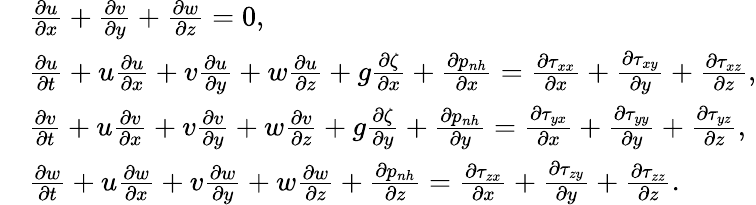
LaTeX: \begin{array}{rl}&{\frac{\partial u}{\partial x}+\frac{\partial v}{\partial y}+\frac{\partial w}{\partial z}=0,}\\ &{\frac{\partial u}{\partial t}+u\frac{\partial u}{\partial x}+v\frac{\partial u}{\partial y}+w\frac{\partial u}{\partial z}+g\frac{\partial\zeta}{\partial x}+\frac{\partial p_{nh}}{\partial x}=\frac{\partial\tau_{xx}}{\partial x}+\frac{\partial\tau_{xy}}{\partial y}+\frac{\partial\tau_{xz}}{\partial z},}\\ &{\frac{\partial v}{\partial t}+u\frac{\partial v}{\partial x}+v\frac{\partial v}{\partial y}+w\frac{\partial v}{\partial z}+g\frac{\partial\zeta}{\partial y}+\frac{\partial p_{nh}}{\partial y}=\frac{\partial\tau_{yx}}{\partial x}+\frac{\partial\tau_{yy}}{\partial y}+\frac{\partial\tau_{yz}}{\partial z},}\\ &{\frac{\partial w}{\partial t}+u\frac{\partial w}{\partial x}+v\frac{\partial w}{\partial y}+w\frac{\partial w}{\partial z}+\frac{\partial p_{nh}}{\partial z}=\frac{\partial\tau_{zx}}{\partial x}+\frac{\partial\tau_{zy}}{\partial y}+\frac{\partial\tau_{zz}}{\partial z}.}\end{array}